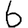
Digit: 6